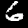
Label: 6